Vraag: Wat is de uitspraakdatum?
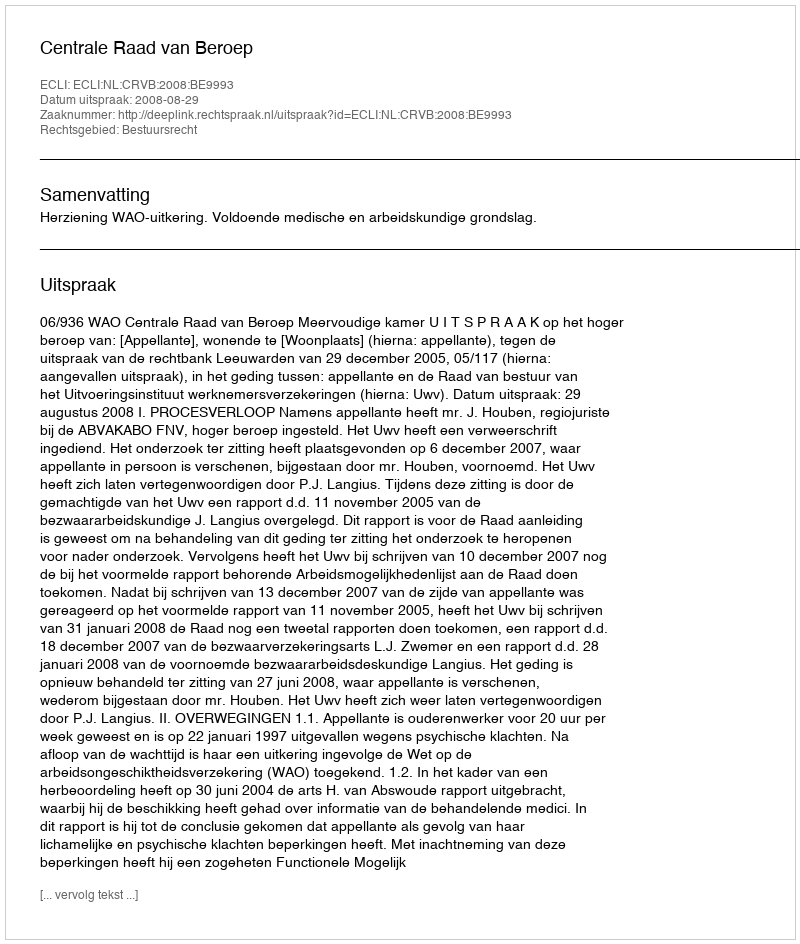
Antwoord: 2008-08-29